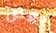
بعض